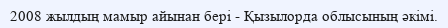
2008 жылдың мамыр айынан бері - Қызылорда облысының әкімі.